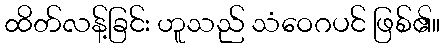
ထိတ်လန့်ခြင်း ဟူသည် သံဝေဂပင် ဖြစ်၏။